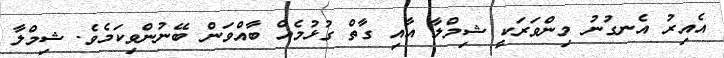
އެއިރު އެނގުނު މިންވަރަކީ ޝިމްލާ އާއި ގާތް ގުޅުމެއް ބާއްވަން ބޭނުންވިކަމެވެ. ޝިމްލާ